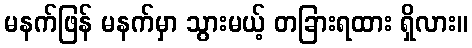
မနက်ဖြန် မနက်မှာ သွားမယ့် တခြားရထား ရှိလား။